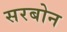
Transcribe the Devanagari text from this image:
सरबोन